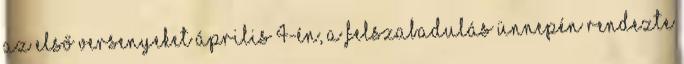
Az első versenyeket április 4-én, a felszabadulás ünnepén rendezte